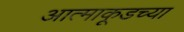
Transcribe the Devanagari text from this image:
आत्माकूडच्या